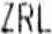
ZRL